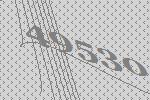
49530